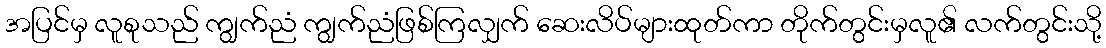
အပြင်မှ လူစုသည် ကျွက်ညံ ကျွက်ညံဖြစ်ကြလျှက် ဆေးလိပ်များထုတ်ကာ တိုက်တွင်းမှလူ၏ လက်တွင်းသို့